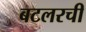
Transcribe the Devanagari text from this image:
बटलरची